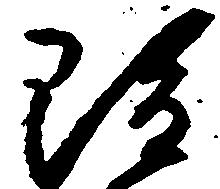
雖